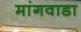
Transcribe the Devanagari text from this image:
मांगवाडा